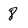
Character: 8